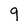
Character: 9